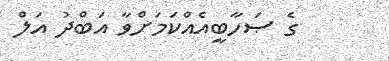
ގެ ޞަހާބީއެއްކަމަށްވާ އަބްދު އަލް